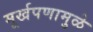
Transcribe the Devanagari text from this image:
मूर्खपणामुळे